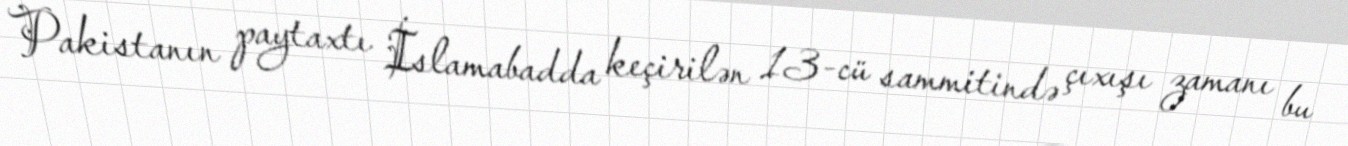
Pakistanın paytaxtı İslamabadda keçirilən 13-cü sammitində çıxışı zamanı bu